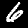
Label: 6